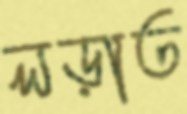
লড়াত